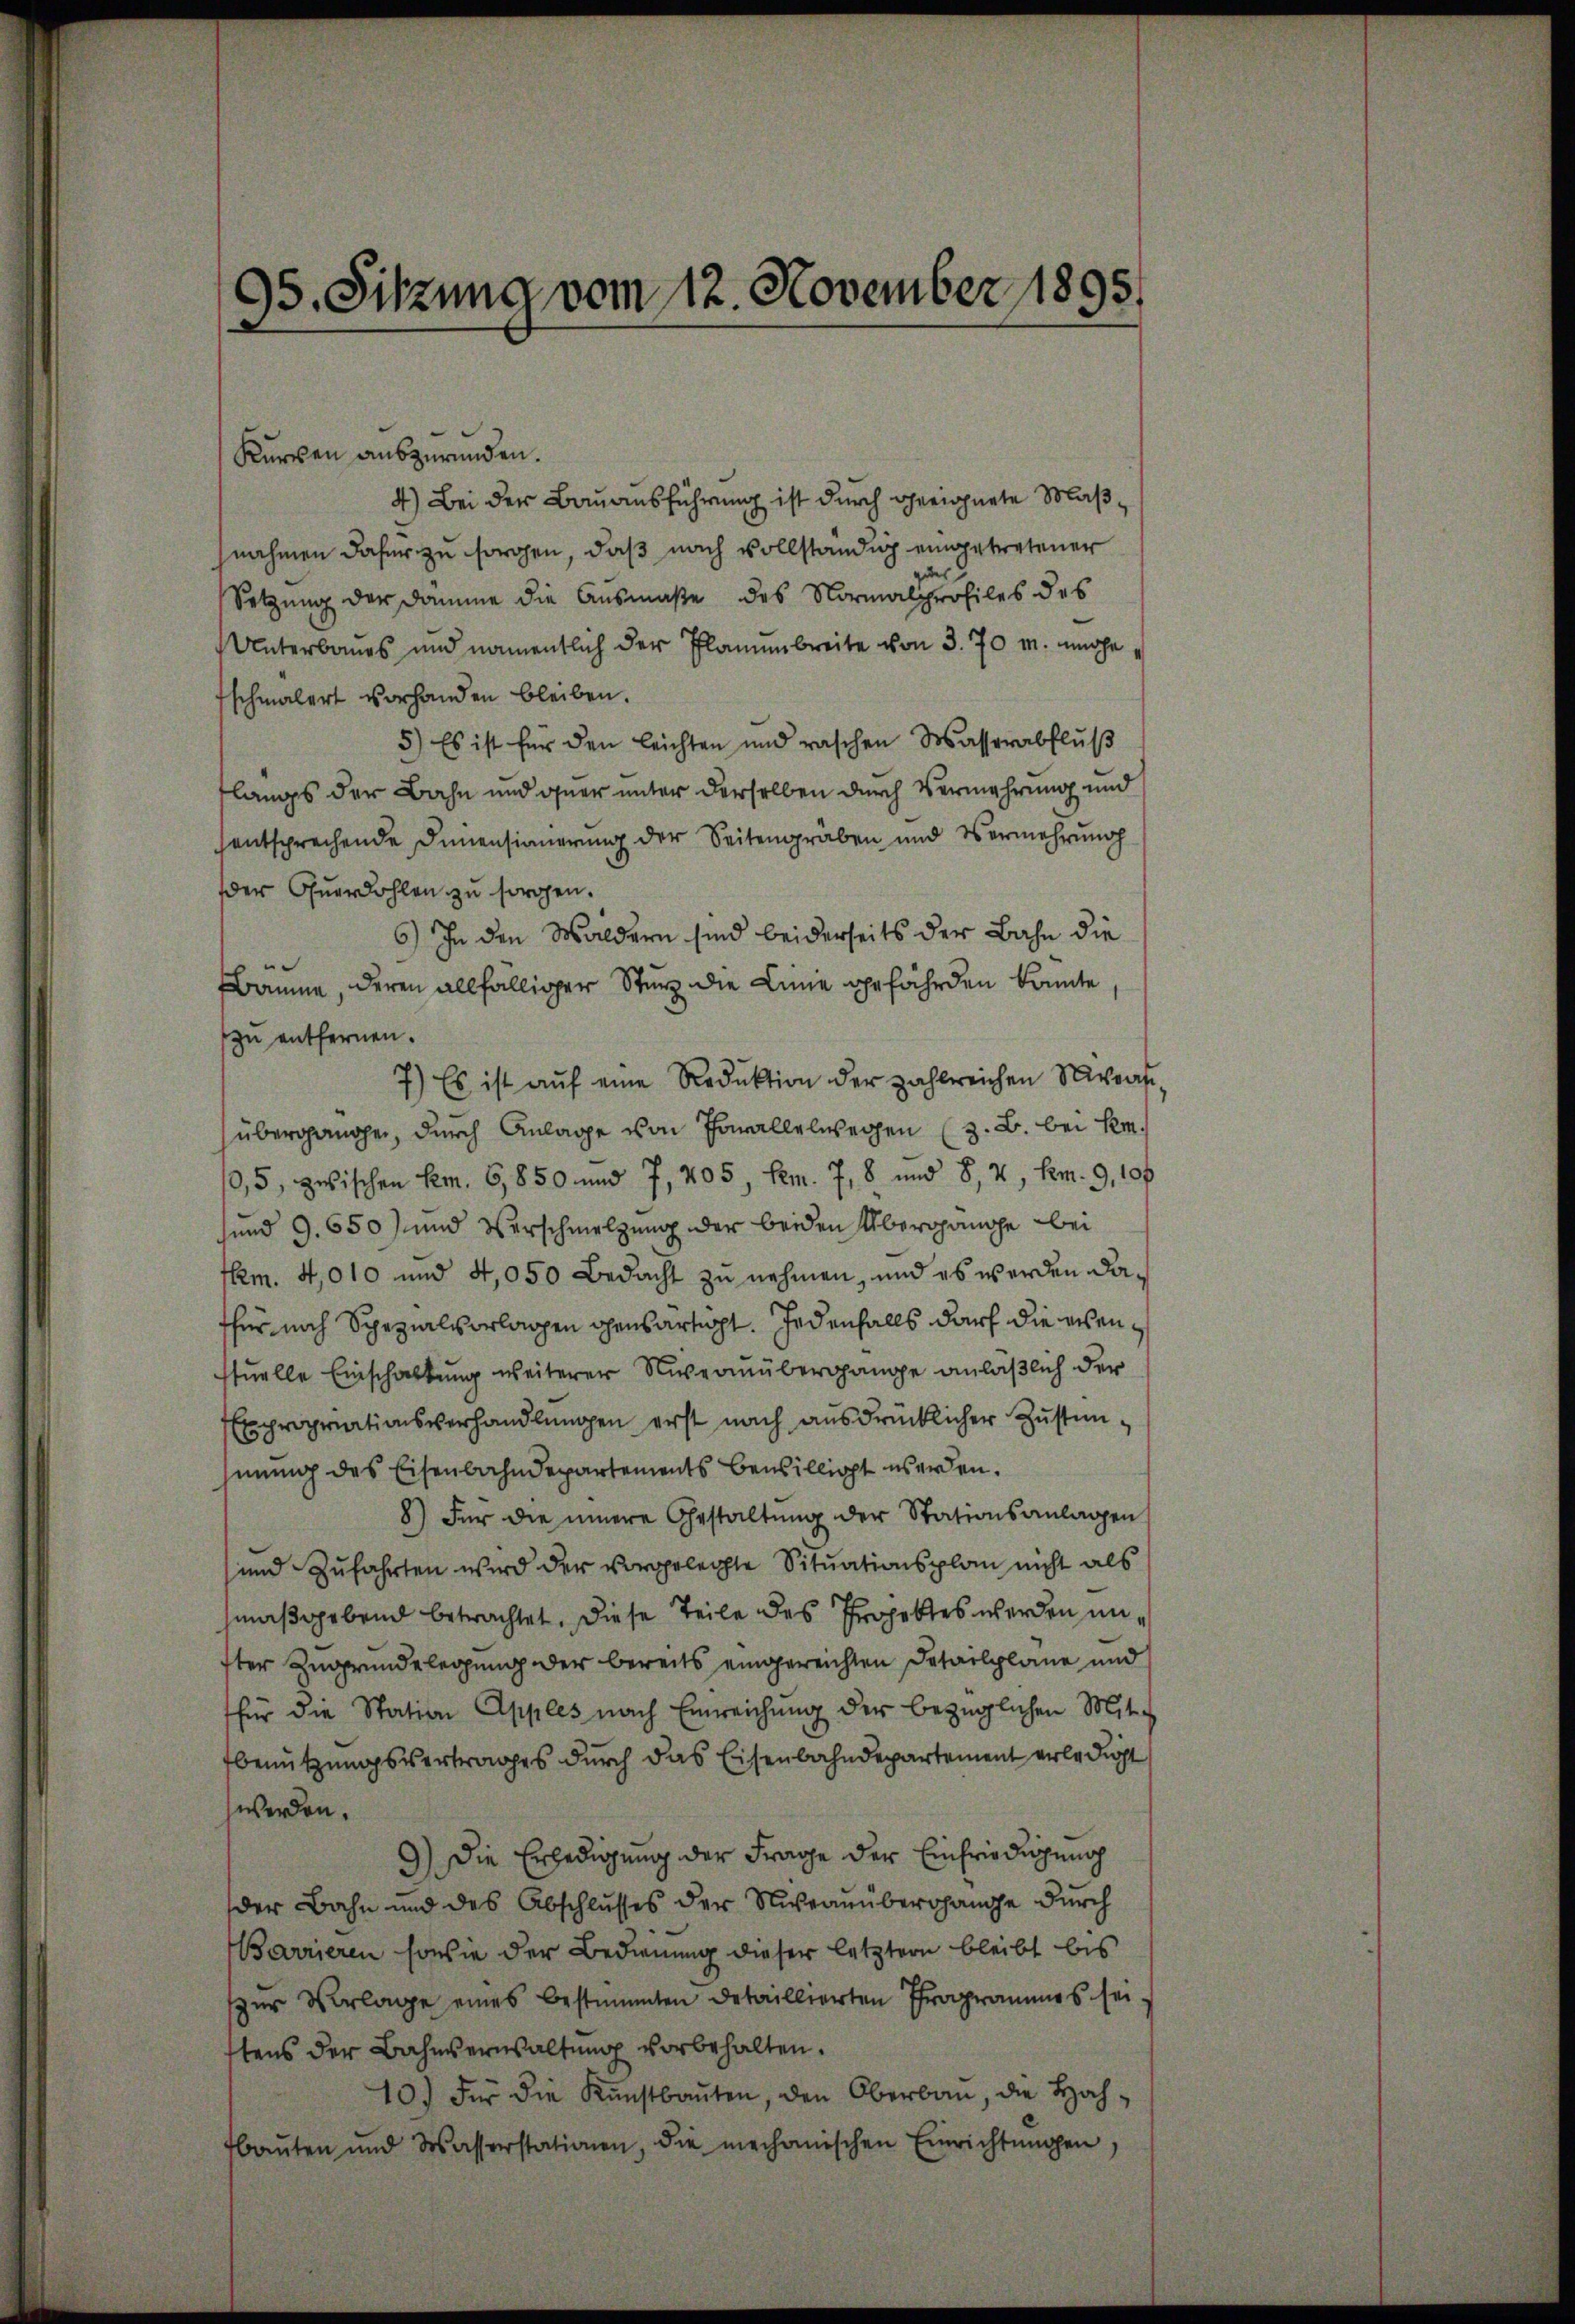
95. Sitzung vom 12. November 1895.
¬

Kurren auszuründen.
4) Bei der Bauausführung ist durch gerichnete Maßnahmen daher zu sorgen, daß nach vollständig eingetretener
Setzung der Damme die Ausmaße des Normalprofiles des
Unterbaues und namentlich der Planebreite von 3. 70 M. nahe
fschmälert vorhanden bleiben.
5.) Es ist für den leichten und raschen Wasserabflŭβ
langs der Bahn und guer unter derselben durch Vermehrung und
entsprechende Sinnensinnerung der Seitengraben und Vermehrung
der Quardohlen zu sorgen.
6) In den Waldern sind beiderseits der Bahn die
Bäume, deren allfälliger Sturz die Linie gefährden könnte
zu entfernen.
7.) Es ist aŭf eine Reduktion der zahlreichen Niveauübergangen, durch Anlage von Parallelwegen (z. B. bei Hr.
0,5, zwischen Kem. 6,850 und 7, 405, Pem. 7, 8 und 8, 2, Sem. 9, 10 f
sund 9. 650) und Verschmelzung der beiden Übergange bei
sm. 4,010 und 4,050 Bedacht zu nehmen, und es werden dather noch Spezialvorlagen ohensartigt. Jedenfalls durch die ersenstuelle Einschaftung weiterer Niveainübergange anläßlich der
Expropriationsverhandlungen erst nach ausdrücklicher Zustimhmung des Eisenbahndepartements bewilligt werden.
8) Für die innere Gestaltung der Stationsanlagen
und Zufahrten wird der vorgelegte Situationsplan nicht als
maßgebend betrachtet. Diese Teile des Projektes werden unster Zugrundelegung der bereits eingereichten Detailpläne und
für die Station Apples nach Einreichung der bezüglichen Mitfbenutzungsvertrages durch das Eisenbahndepartement erledigt
werden.
9.) Die Erledigung der Frage der Einfriedigung
der Bahn und des Abschlusses der Niveanübergange durch
Barrieren sowie der Bedienung dieser letztern bleibt bis
zur Vorlage eines bestimmten detaillierten Programmes sei.
tens der Bahnverwaltŭng vorbehalten.
10.) Für die Kunstbaŭten, den Oberbaŭ, die Hoch-
bauten und Wasserstationen, die mechanischen Einrichtŭngen